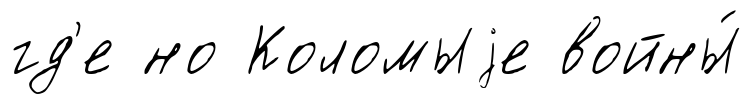
гд'е но Коломыjе войны́